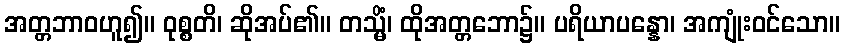
အတ္တဘာဝဟူ၍။ ဝုစ္စတိ၊ ဆိုအပ်၏။ တသ္မိံ၊ ထိုအတ္တဘော၌။ ပရိယာပန္နော၊ အကျုံးဝင်သော။